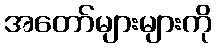
အတော်များများကို